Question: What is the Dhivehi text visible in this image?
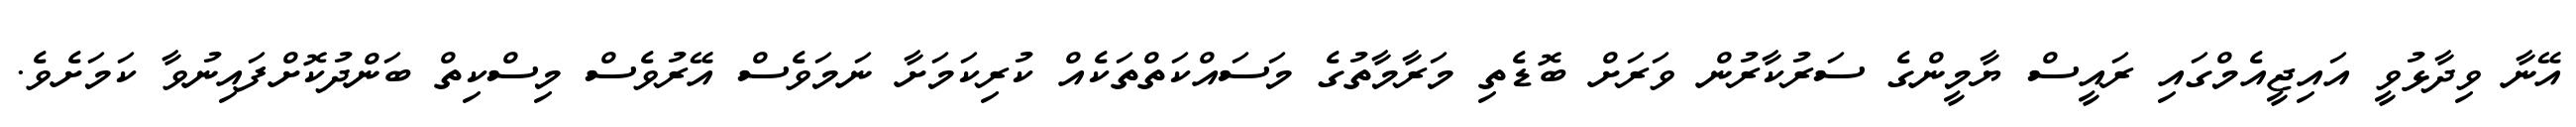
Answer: އޭނާ ވިދާޅުވީ އައިޖީއެމްގައި ރައީސް ޔާމީންގެ ސަރުކާރުން ވަރަށް ބޮޑެތި މަރާމާތުގެ މަސައްކަތްތަކެއް ކުރިކަމަށާ ނަމަވެސް އޭރުވެސް މިސްކިތް ބަންދުކޮށްފައިނުވާ ކަމަށެވެ.